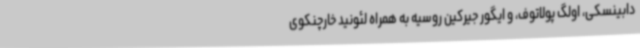
دابینسکی، اولگ پولاتوف، و ایگور جیرکین روسیه به همراه لئونید خارچنکوی